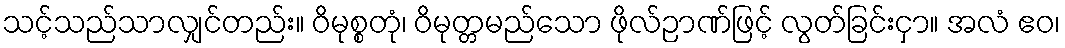
သင့်သည်သာလျှင်တည်း။ ဝိမုစ္စတုံ၊ ဝိမုတ္တမည်သော ဖိုလ်ဉာဏ်ဖြင့် လွတ်ခြင်းငှာ။ အလံ ဧဝ၊